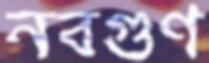
নবগুণ